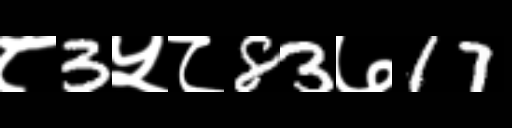
Text: ८3५८83७17